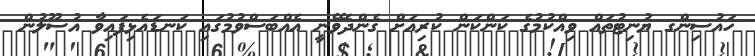
ހައުސިންގ ޔުނިޓުތައް ވިއްކުމުގެ ކަންކަން ކުރިއަށް ގެންދެވޭނީ އެއްބަސްވުމުގައި ކަނޑައެޅިފައިވާ އުސޫލުން